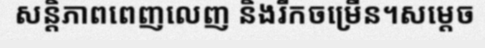
សន្តិភាពពេញលេញ និងរីកចម្រើន។សម្តេច